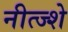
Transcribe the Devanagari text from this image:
नीत्ज्शे